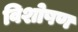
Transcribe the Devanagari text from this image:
विशोषण